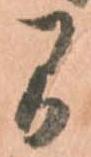
間